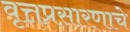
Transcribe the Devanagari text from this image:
वृत्तप्रसारणाचे